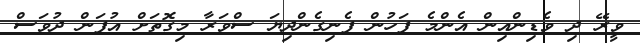
ވީރޭ ދި ވެޑިންއިން އެންމެ ފަހުން ފެނިގެންދިޔަ ސްވަރާ މިގޮތަށް އުފަން ދުވަސް